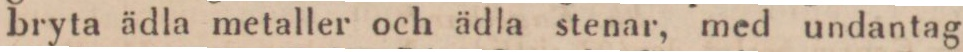
bryta ädla metaller och ädla stenar, med undantag